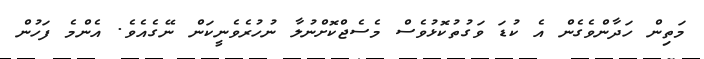
މަތިން ހަދާންވެގެން އެ ކުޑަ ވަގުތުކޮޅުވެސް މެސެޖްކޮށްނުލާ ނުހުރެވެނީކަން ނޭގެއެވެ. އެންމެ ފަހުން